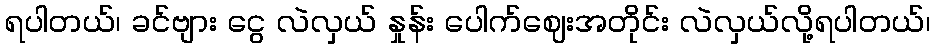
ရပါတယ်၊ ခင်ဗျား ငွေ လဲလှယ် နှုန်း ပေါက်ဈေးအတိုင်း လဲလှယ်လို့ရပါတယ်၊